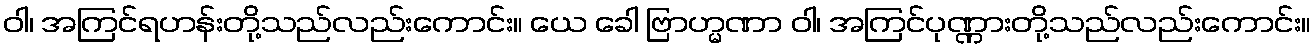
ဝါ၊ အကြင်ရဟန်းတို့သည်လည်းကောင်း။ ယေ ခေါ ဗြာဟ္မဏာ ဝါ၊ အကြင်ပုဏ္ဏားတို့သည်လည်းကောင်း။